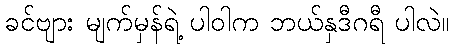
ခင်ဗျား မျက်မှန်ရဲ့ ပါဝါက ဘယ်နှဒီဂရီ ပါလဲ။